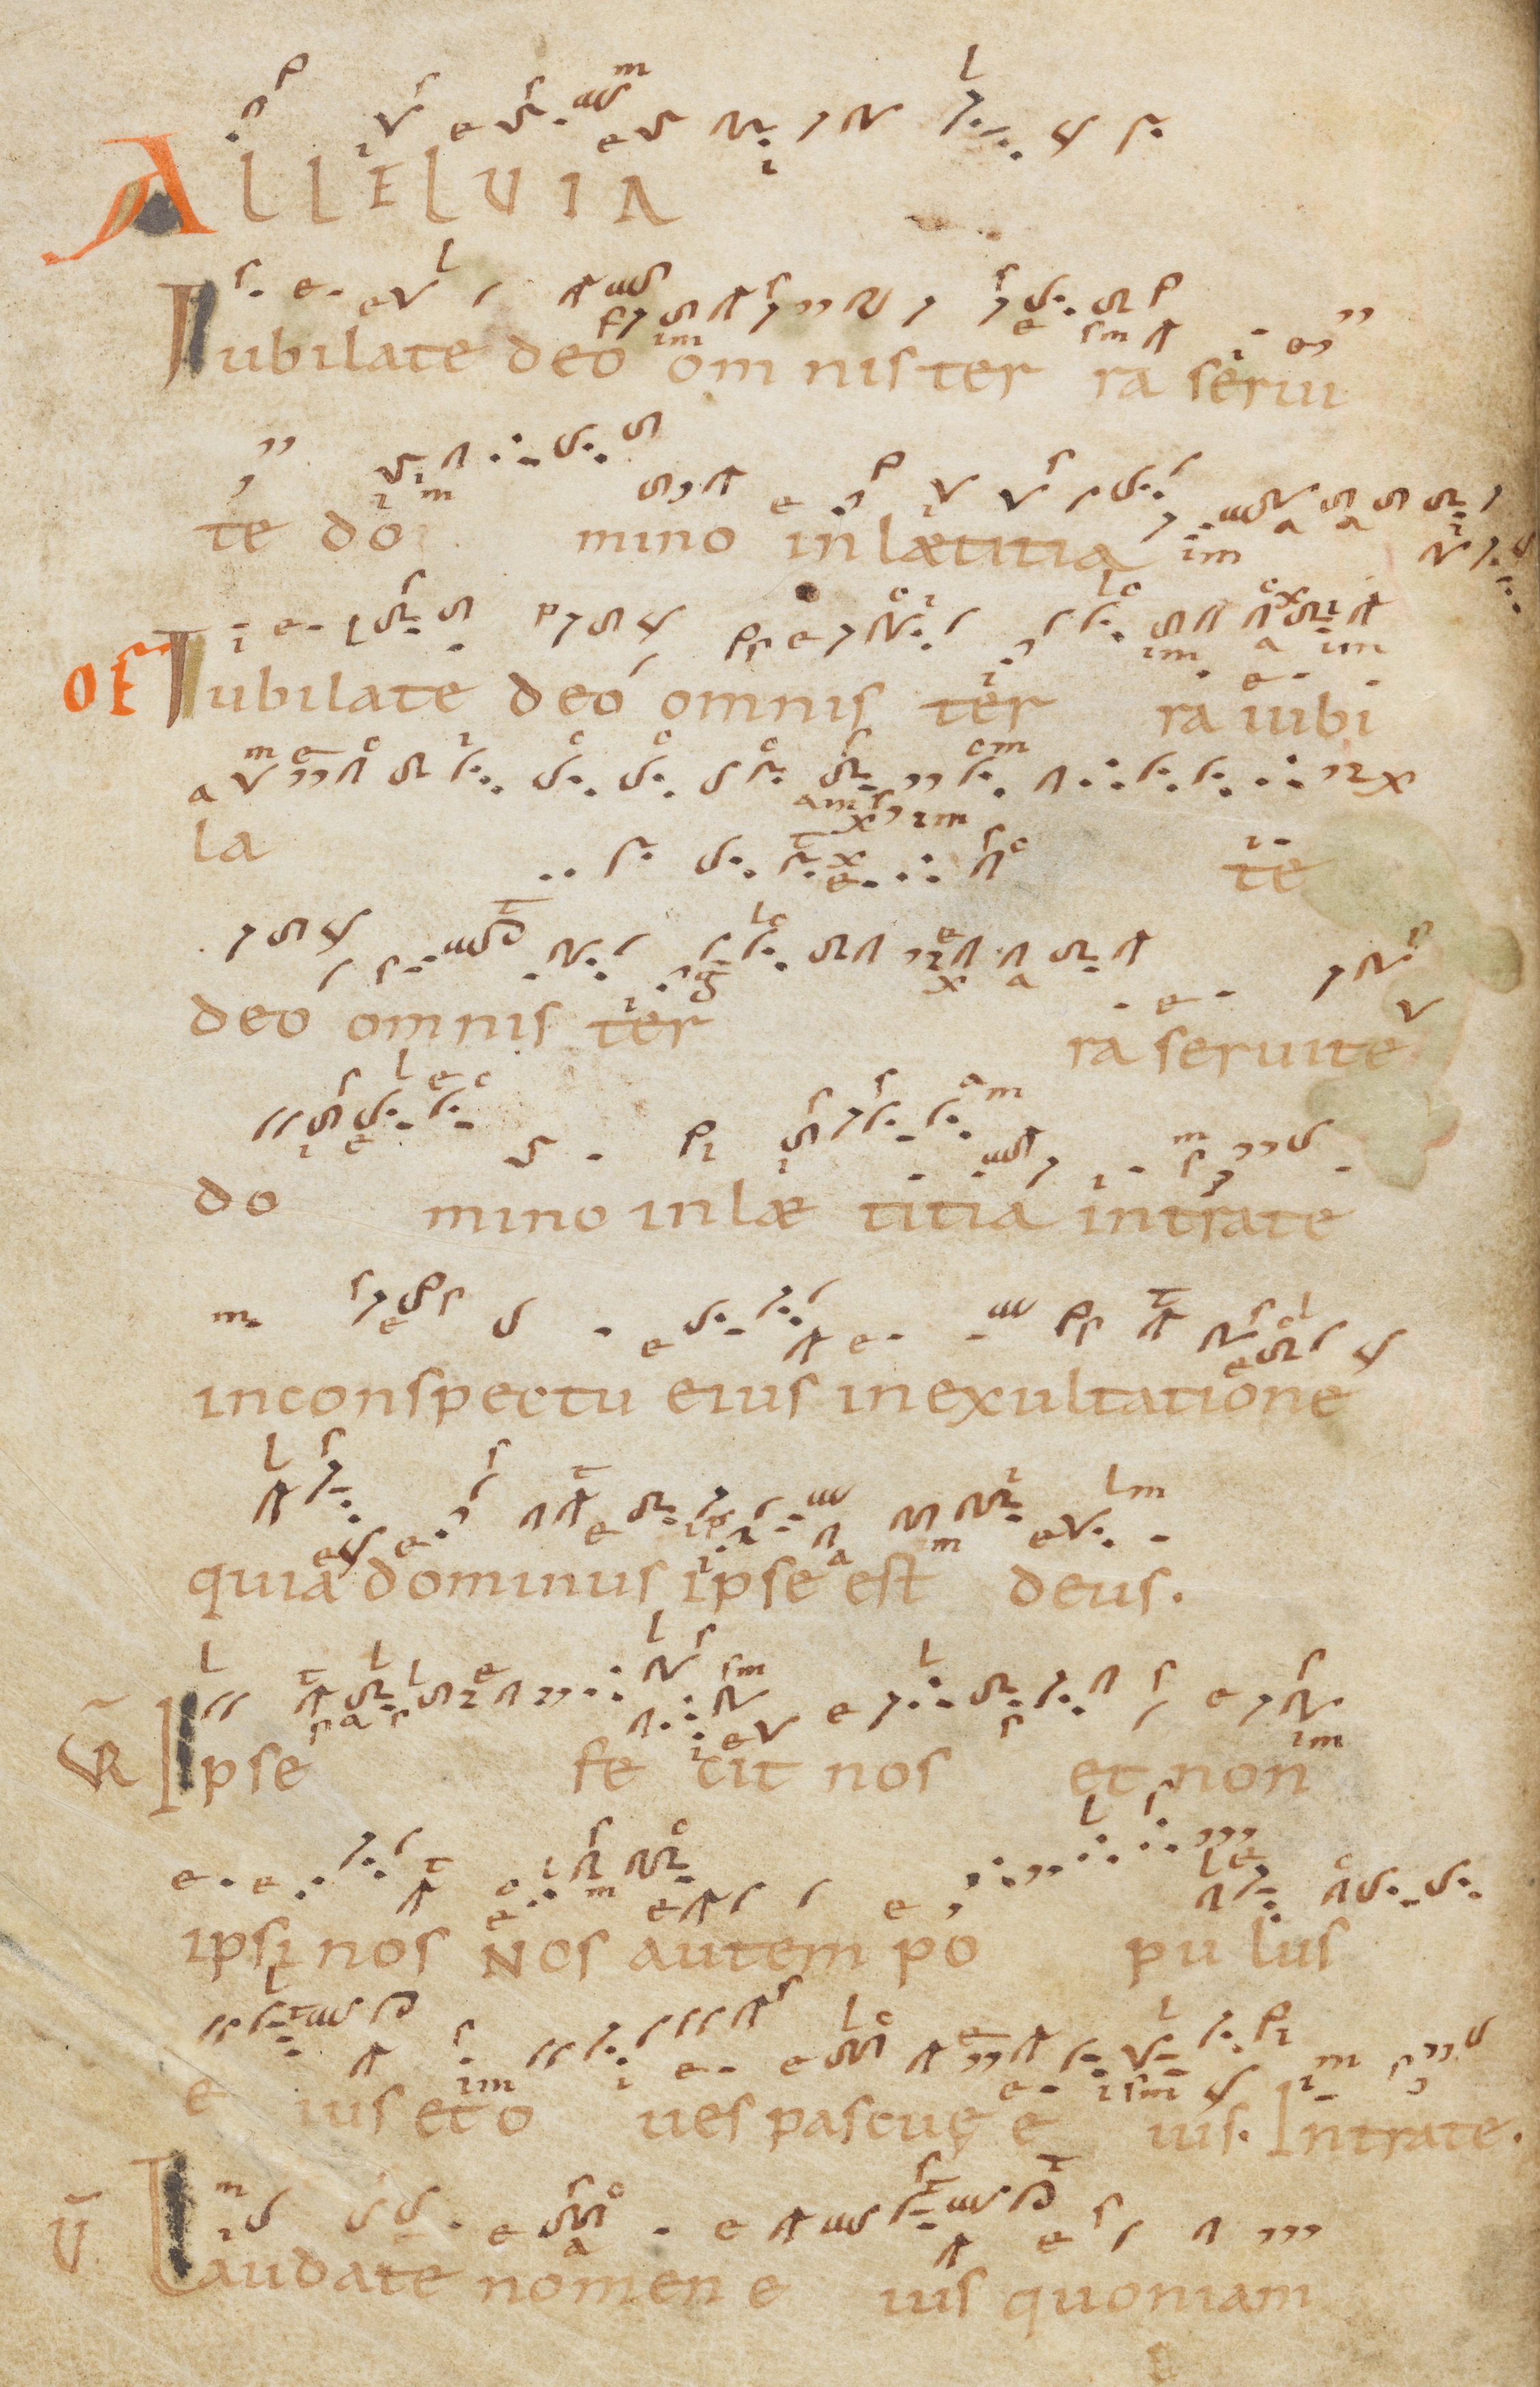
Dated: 945–985